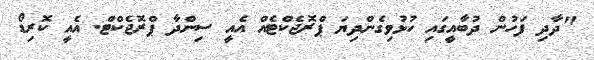
"ދާދި ފަހުން ދުބާއީގައި ހުޅުވިގެންދިޔަ ޕްރޮޖެކްޓެއް އެއީ ސިންދާ ޕްރޮޖެކްޓް. އެއީ ކޮރިޑޯ